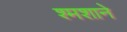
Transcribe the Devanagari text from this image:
श्मशाने